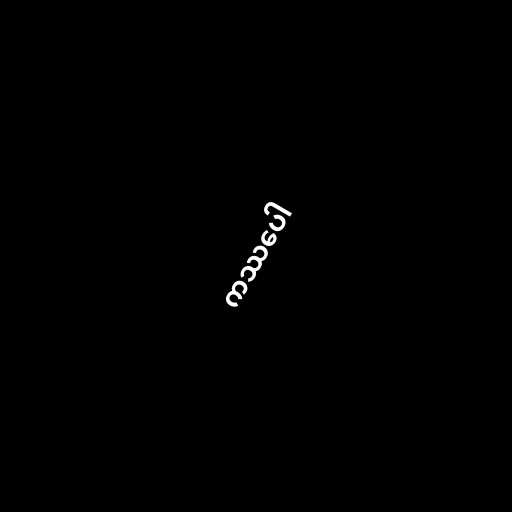
ကဿပေါ